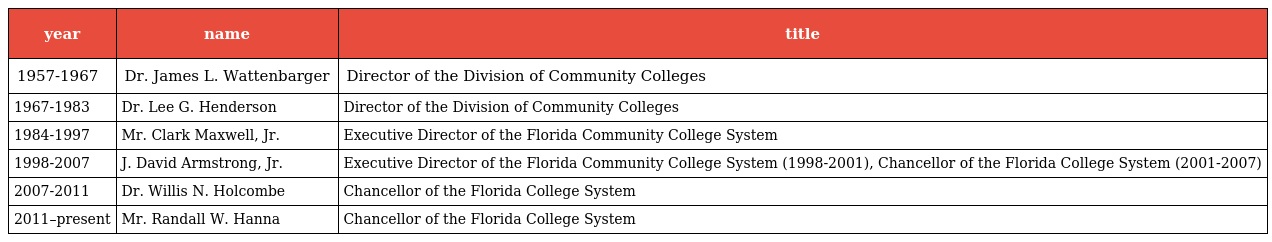
| year | name | title |
 | --- | --- | --- |
 | 1957-1967 | Dr. James L. Wattenbarger | Director of the Division of Community Colleges |
 | 1967-1983 | Dr. Lee G. Henderson | Director of the Division of Community Colleges |
 | 1984-1997 | Mr. Clark Maxwell, Jr. | Executive Director of the Florida Community College System |
 | 1998-2007 | J. David Armstrong, Jr. | Executive Director of the Florida Community College System (1998-2001), Chancellor of the Florida College System (2001-2007) |
 | 2007-2011 | Dr. Willis N. Holcombe | Chancellor of the Florida College System |
 | 2011–present | Mr. Randall W. Hanna | Chancellor of the Florida College System |